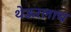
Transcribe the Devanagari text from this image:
थेऊरलाच